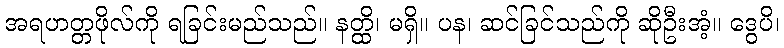
အရဟတ္တဖိုလ်ကို ရခြင်းမည်သည်။ နတ္ထိ၊ မရှိ။ ပန၊ ဆင်ခြင်သည်ကို ဆိုဦးအံ့။ ဒွေပိ၊